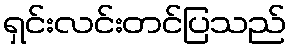
ရှင်းလင်းတင်ပြသည်